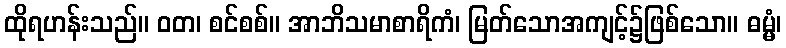
ထိုရဟန်းသည်။ ဝတ၊ စင်စစ်။ အာဘိသမာစာရိကံ၊ မြတ်သောအကျင့်၌ဖြစ်သော။ ဓမ္မံ၊